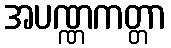
အပဏ္ဏကတ္တာ